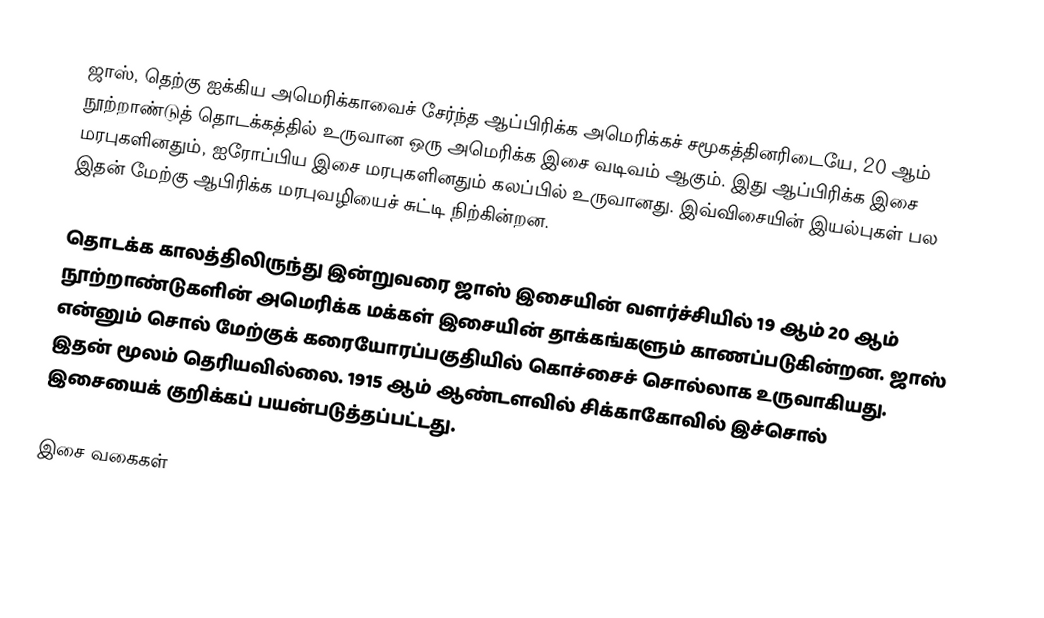
ஜாஸ், தெற்கு ஐக்கிய அமெரிக்காவைச் சேர்ந்த ஆப்பிரிக்க அமெரிக்கச் சமூகத்தினரிடையே, 20 ஆம் நூற்றாண்டுத் தொடக்கத்தில் உருவான ஒரு அமெரிக்க இசை வடிவம் ஆகும். இது ஆப்பிரிக்க இசை மரபுகளினதும், ஐரோப்பிய இசை மரபுகளினதும் கலப்பில் உருவானது. இவ்விசையின் இயல்புகள் பல இதன் மேற்கு ஆபிரிக்க மரபுவழியைச் சுட்டி நிற்கின்றன.

தொடக்க காலத்திலிருந்து இன்றுவரை ஜாஸ் இசையின் வளர்ச்சியில் 19 ஆம் 20 ஆம் நூற்றாண்டுகளின் அமெரிக்க மக்கள் இசையின் தாக்கங்களும் காணப்படுகின்றன. ஜாஸ் என்னும் சொல் மேற்குக் கரையோரப்பகுதியில் கொச்சைச் சொல்லாக உருவாகியது. இதன் மூலம் தெரியவில்லை. 1915 ஆம் ஆண்டளவில் சிக்காகோவில் இச்சொல் இசையைக் குறிக்கப் பயன்படுத்தப்பட்டது.

இசை வகைகள்